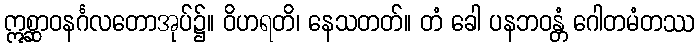
ဣစ္ဆာဝနင်္ဂလတောအုပ်၌။ ဝိဟရတိ၊ နေသတတ်။ တံ ခေါ ပနဘဝန္တံ ဂေါတမံတဿ